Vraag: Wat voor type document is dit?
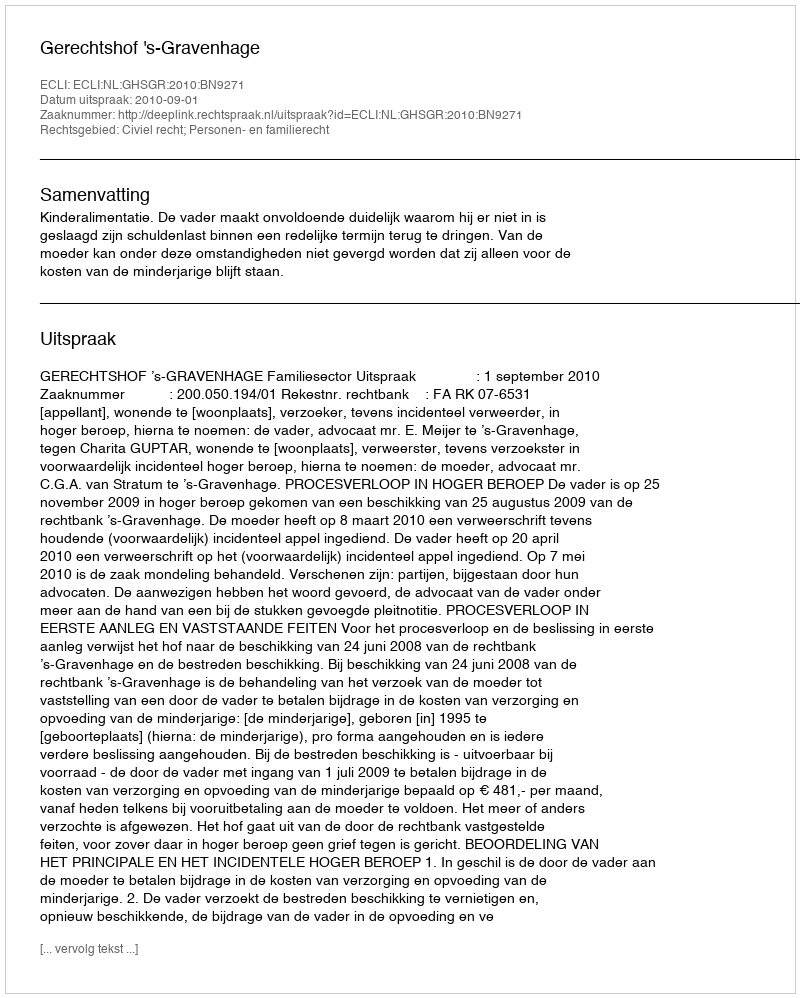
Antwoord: Uitspraak